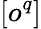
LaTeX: [o^{q}]